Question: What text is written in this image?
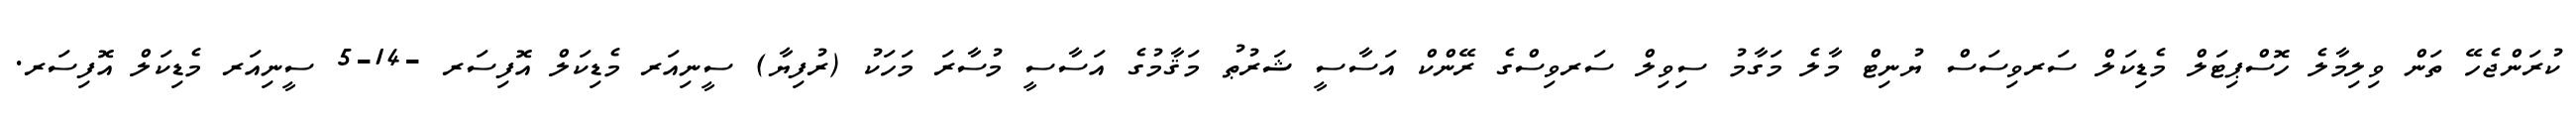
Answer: ކުރަންޖެހޭ ތަން ވިލިމާލެ ހޮސްޕިޓަލް މެޑިކަލް ސަރވިސަސް ޔުނިޓް މާލެ މަގާމު ސިވިލް ސަރވިސްގެ ރޭންކް އަސާސީ ޝަރުޠު މަޤާމުގެ އަސާސީ މުސާރަ މަހަކު (ރުފިޔާ) ސީނިއަރ މެޑިކަލް އޮފިސަރ -14-5 ސީނިއަރ މެޑިކަލް އޮފިސަރ.